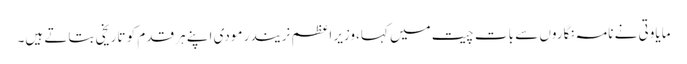
مایاوتی نے نامہ نگاروں سے بات چیت میں کہا،وزیر اعظم نریندر مودی اپنے ہر قدم کو تاریخی بتاتے ہیں۔